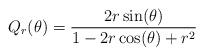
LaTeX: \begin{align*}Q_r(\theta) = \frac{2r\sin(\theta)}{1-2r\cos(\theta) + r^2}\end{align*}